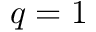
q = 1